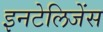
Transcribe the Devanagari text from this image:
इनटेलिजेंस